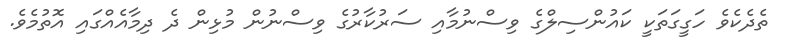
ތެދެކެވެ ހަގީގަތަކީ ކައުންސިލްގެ ވިސްނުމާއި ސަރުކާރުގެ ވިސްނުން މުޅިން ދެ ދިމާއެއްގައި އޮތުމެވެ.